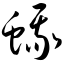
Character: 蛾